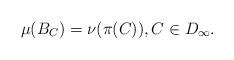
LaTeX: \begin{align*}\mu(B_C)=\nu(\pi(C)),C \in D_{\infty}.\end{align*}